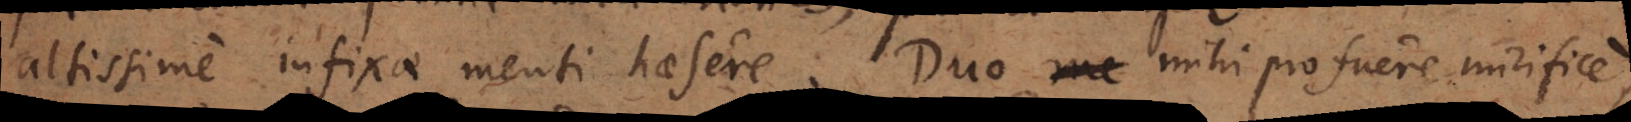
altissime infixae menti haesere. Duo me mihi pro fuere mirifice,